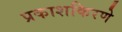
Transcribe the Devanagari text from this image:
प्रकाशकिरणे